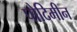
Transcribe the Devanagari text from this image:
पोदिमीन